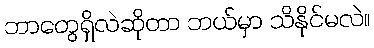
ဘာတွေရှိလဲဆိုတာ ဘယ်မှာ သိနိုင်မလဲ။